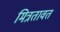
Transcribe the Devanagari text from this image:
मित्रतावत